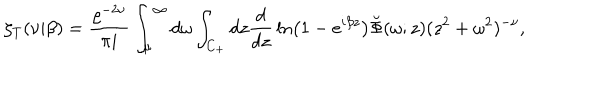
LaTeX: \zeta _ { T } ( \nu | \beta ) = { \frac { \varrho ^ { - 2 \nu } } { \pi i } } \int _ { \mu } ^ { \infty } d \omega \int _ { C _ { + } } d z { \frac { d } { d z } } \ln \left( 1 - e ^ { i \beta z } \right) \breve { \Phi } ( \omega ; z ) ( z ^ { 2 } + \omega ^ { 2 } ) ^ { - \nu } ,